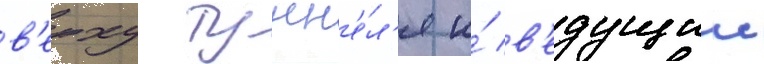
в'ерху тунн'е́л'я и́ в'едущии